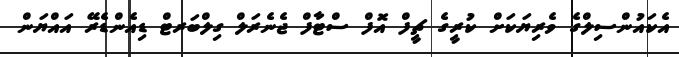
އެކައުންސިލްގެ ވެރިޔަކަށް ކުރީގެ ޗީފް އޮފް ސްޓާފް ޖެނެރަލް ގިލްބަރޓް ޑިއެންޑެރޭ އައްޔަން